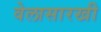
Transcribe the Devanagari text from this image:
वेलासारखी